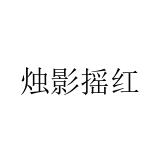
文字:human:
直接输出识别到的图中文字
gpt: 烛影摇红